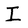
Character: I